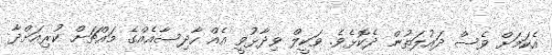
އެކަމަށް ވެސް ދައުލަތުން ދެކޮޅެވެ. ވަކީލް ވިދާޅުވީ އެއް ހާދިސާއެއްގެ މައްޗަށް ކުރިއަށްދާ